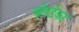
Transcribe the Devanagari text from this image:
चोपडेकर